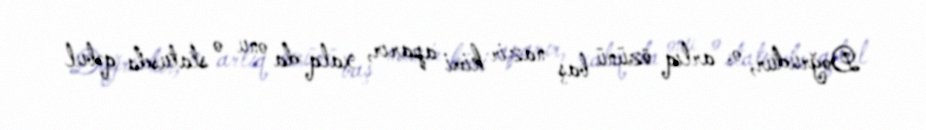
Doğrudur, o, artıq özünü baş nazir kimi aparır, xalq da onu o statusda qəbul